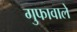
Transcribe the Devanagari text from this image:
गुफावाले